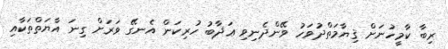
ރިބާ ކާމީހުނަށް ޤިޔާމަތްދުވަހު ވޭންދެނިވި ޢަޛާބު ހުރިކަން އެނގޭ ވަރަށް ގިނަ އާޔަތްތަކާއި